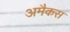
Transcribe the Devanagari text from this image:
अमैकस